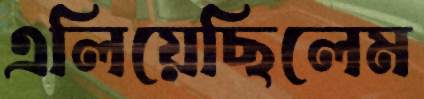
এলিয়েছিলেম